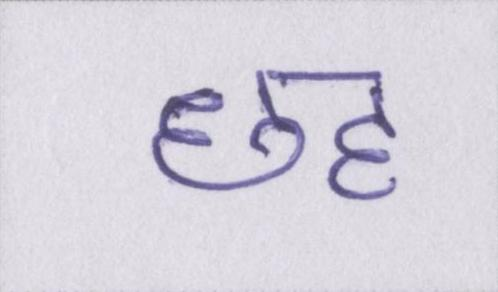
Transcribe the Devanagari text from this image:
छह